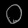
Digit: ၀